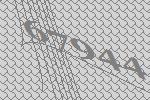
67944